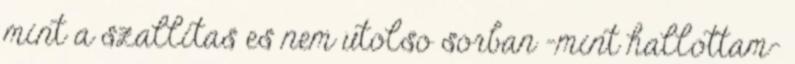
mint a szallitas es nem utolso sorban -mint hallottam-